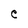
Character: e